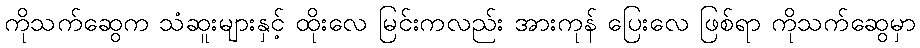
ကိုသက်ဆွေက သံဆူးများနှင့် ထိုးလေ မြင်းကလည်း အားကုန် ပြေးလေ ဖြစ်ရာ ကိုသက်ဆွေမှာ